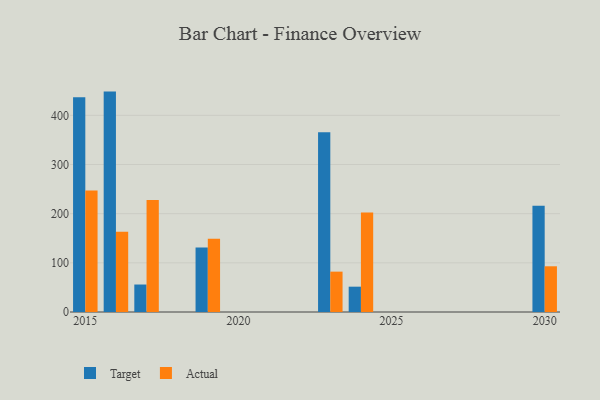
{"axis": {"x": "Year", "y": "Latency (ms)"}, "legend": ["Actual", "Target"], "data": [{"x": "2030", "y": 216.2, "type": "Target"}, {"x": "2030", "y": 93.0, "type": "Actual"}, {"x": "2016", "y": 448.3, "type": "Target"}, {"x": "2016", "y": 163.3, "type": "Actual"}, {"x": "2015", "y": 437.0, "type": "Target"}, {"x": "2015", "y": 247.1, "type": "Actual"}, {"x": "2023", "y": 365.4, "type": "Target"}, {"x": "2023", "y": 82.1, "type": "Actual"}, {"x": "2024", "y": 51.5, "type": "Target"}, {"x": "2024", "y": 202.4, "type": "Actual"}, {"x": "2017", "y": 55.9, "type": "Target"}, {"x": "2017", "y": 228.0, "type": "Actual"}, {"x": "2019", "y": 131.3, "type": "Target"}, {"x": "2019", "y": 149.0, "type": "Actual"}]}